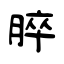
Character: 脺